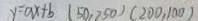
y = a x + b ( 5 0 , 2 5 0 ) ( 2 0 0 , 1 0 0 )